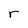
Character: r